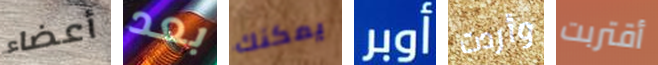
أعضاء بعد يمكنك أوبر وأردت أقتربت